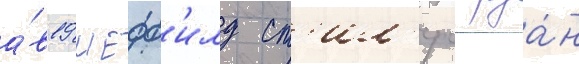
а́в19 шефф'илд ст'ил'ерс руа́н